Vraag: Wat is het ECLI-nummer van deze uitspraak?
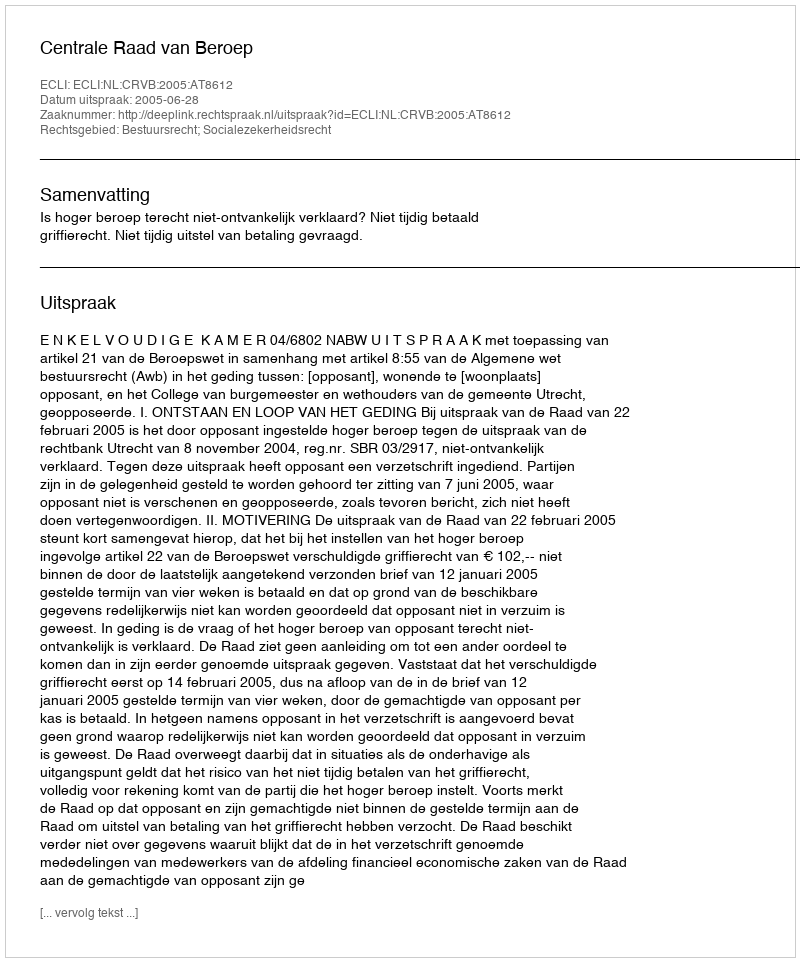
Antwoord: ECLI:NL:CRVB:2005:AT8612